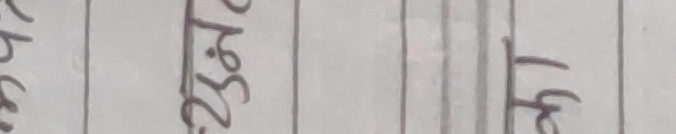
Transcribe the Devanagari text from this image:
ब न अ क २.३८ १५५१